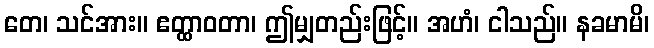
တေ၊ သင်အား။ ဧတ္ထာဝတာ၊ ဤမျှတည်းဖြင့်။ အဟံ၊ ငါသည်။ နခမာမိ၊